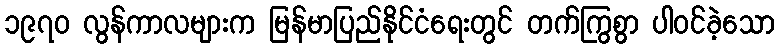
၁၉၇၀ လွန်ကာလများက မြန်မာပြည်နိုင်ငံရေးတွင် တက်ကြွစွာ ပါဝင်ခဲ့သော